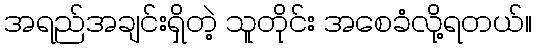
အရည်အချင်းရှိတဲ့ သူတိုင်း အစေခံလို့ရတယ်။